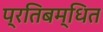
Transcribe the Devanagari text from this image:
प्रतिबम्धित